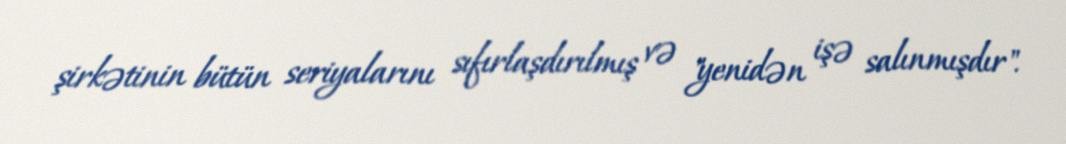
şirkətinin bütün seriyalarını sıfırlaşdırılmış və "yenidən işə salınmışdır".